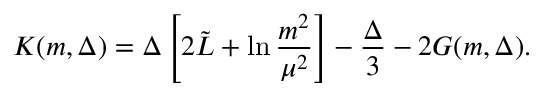
K ( m , \Delta ) = \Delta \left[ 2 \tilde { L } + \ln \frac { m ^ { 2 } } { \mu ^ { 2 } } \right] - \frac { \Delta } { 3 } - 2 G ( m , \Delta ) .